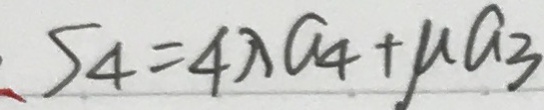
S _ { 4 } = 4 \lambda C _ { 4 } + \mu a _ { 3 }